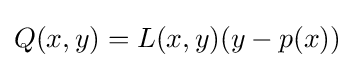
Q(x,y)=L(x,y)(y-p(x))